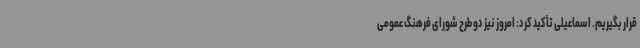
قرار بگیریم. اسماعیلی تأکید کرد: امروز نیز دو طرح شورای فرهنگ عمومی